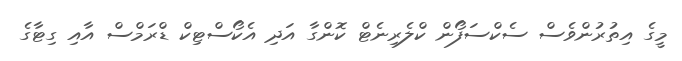
މީގެ އިތުރުންވެސް ސެކްސަފޯން ކްލެރިނެޓް ކޮންގާ އަދި އެކޯސްޓިކް ޑްރަމްސް އާއި ގިޓާގެ